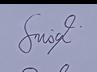
Signature authenticity: genuine